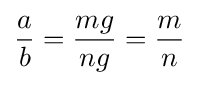
{\frac {a}{b}}={\frac {mg}{ng}}={\frac {m}{n}}